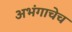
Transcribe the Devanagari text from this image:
अभंगाचेच